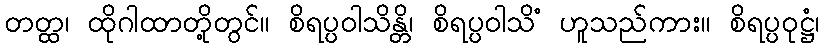
တတ္ထ၊ ထိုဂါထာတို့တွင်။ စိရပ္ပဝါသိန္တိ၊ စိရပ္ပဝါသိံ ဟူသည်ကား။ စိရပ္ပဝုဋ္ဌံ၊